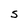
Character: s